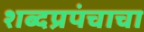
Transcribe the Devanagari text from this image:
शब्दप्रपंचाचा